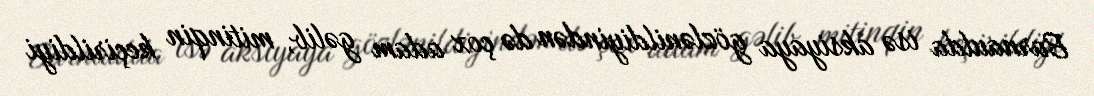
Barnaulda isə aksiyaya gözlənildiyindən də çox adam gəlib, mitinqin keçirildiyi